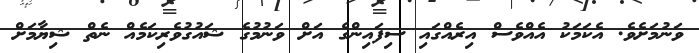
ވަނުމަށެވެ. އެކަމަކު އެއްވެސް އިރެއްގައި ސިފައިންގެ އަށް ވަނުމުގެ ޝައުގުވެރިކަމެއް ނެތް ޝިޔާމަށް